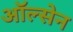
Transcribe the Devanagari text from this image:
ऑल्सेन